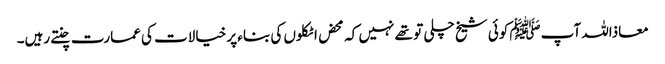
معاذاللہ آپﷺ کوئی شیخ چلی تو تھے نہیں کہ محض اٹکلوں کی بناء پر خیالات کی عمارت چنتے رہیں۔